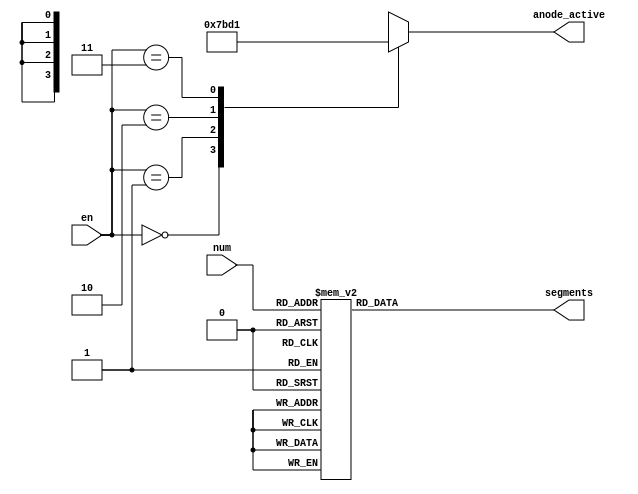
`timescale 1ns / 1ps
//////////////////////////////////////////////////////////////////////////////////
// Company: 
// Engineer: 
// 
// Design Name: 
// Module Name: SevenSegDecCase
// Project Name: 
// Target Devices: 
// Tool Versions: 
// Description: 
// 
// Dependencies: 
// 
// Revision:
// Revision 0.01 - File Created
// Additional Comments:
// 
//////////////////////////////////////////////////////////////////////////////////


module SevenSegDecWithEn(
input [0:1] en,
input [3:0] num,
output reg [0:6] segments,
output reg [3:0] anode_active);

always @ (*) begin
     case(en)
     0: anode_active = 4'b0111;
     1: anode_active = 4'b1011;
     2: anode_active = 4'b1101;
     3: anode_active = 4'b0001;
     endcase
     case(num)
    0: segments = 7'b0000001;
    1: segments = 7'b1001111;
    2: segments = 7'b0010010;
    3: segments = 7'b0000110;
    4: segments = 7'b1001100;
    5: segments = 7'b1011011;
    6: segments = 7'b0100000;
    7: segments = 7'b0001111;
    8: segments = 7'b0000000;
    9: segments = 7'b0001100;
    10: segments = 7'b0001000;
    11: segments = 7'b1100000;
    12: segments = 7'b0110001;
    13: segments = 7'b1000010;
    14: segments = 7'b0110000;
    15: segments = 7'b0111000;
endcase
end
endmodule